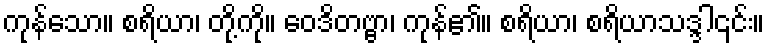
ကုန်သော။ စရိယာ၊ တို့ကို။ ဝေဒိတဗ္ဗာ၊ ကုန်၏။ စရိယာ၊ စရိယာသဒ္ဒါ၎င်း။